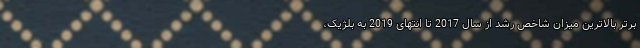
برتر بالاترین میزان شاخص رشد از سال 2017 تا انتهای 2019 به بلژیک،